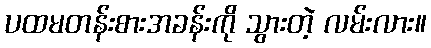
ပထမတန်းစားအခန်းကို သွားတဲ့ လမ်းလား။